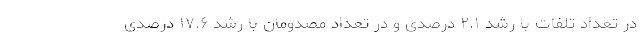
در تعداد تلفات با رشد ۲.۱ درصدی و در تعداد مصدومان با رشد ۱۷.۶ درصدی